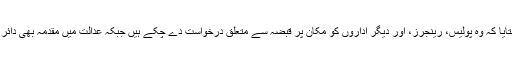
انہوں نے بتایا کہ وہ پولیس، رینجرز، اور دیگر اداروں کو مکان پر قبضہ سے متعلق درخواست دے چکے ہیں جبکہ عدالت میں مقدمہ بھی دائر کردیا ہے۔